Annual report on the Civil Veterinary Department, Burma (including the Insein Veterinary School) - 1923-1931
Year: 1923
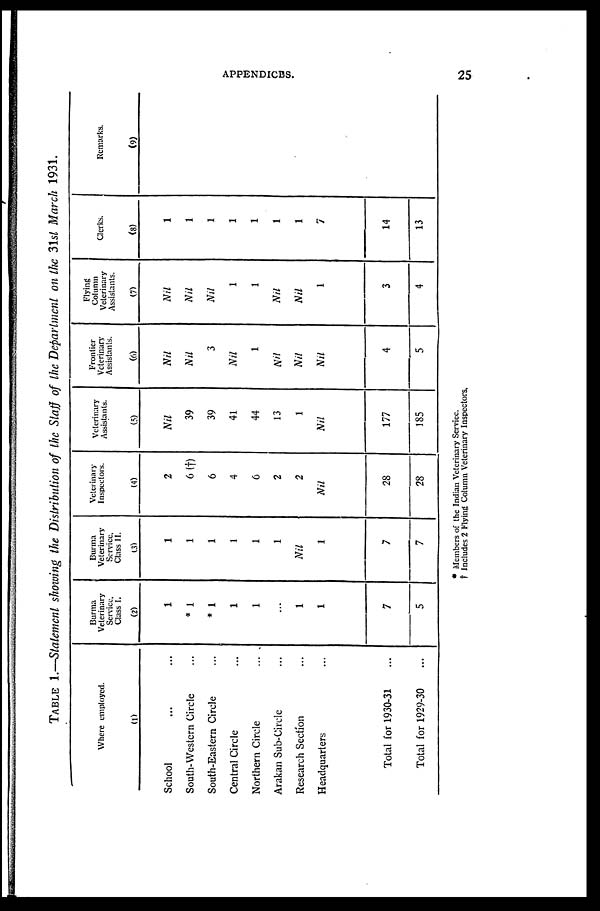
APPENDICES.
25
TABLE 1.—Statement showing the Distribution of the Staff of the Department on the 31st March 1931.
Where employed.
(1)
School ... ...
South-Western Circle ...
South-Eastern Circle ...
Central Circle ...
Northern Circle ...
Arakan Sub-Circle ...
Research Sectíon ...
Headquarters ...
Total for 1930-31 ...
Total for 1929-30 ...
Burma
Veterinary
Service,
Class I.
(2)
1
* 1
* 1
1
1
...
1
1
7
5
Burma
Veterinary
Service,
Class II.
(3)
1
1
1
1
1
1
Nil
1
7
7
Veterinary
Inspectors.
(4)
2
6 (†)
6
4
6
2
2
Nil
28
28
Veterinary
Assistants.
(5)
Nil
39
39
41
44
13
1
Nil
177
185
Frontier
Veterinary
Assistants.
(6)
Nil
Nil
3
Nil
1
Nil
Nil
Nil
4
5
Flying
Column
Veterinary
Assistants.
(7)
Nil
Nil
Nil
1
1
Nil
Nil
1
3
4
Clerks.
(8)
1
1
1
1
1
1
1
7
14
13
Remarks.
(9)
* Members of the Indian Veterinary Serviec.
† Includes 2 Flying Column Veterinary Inspectors.